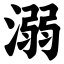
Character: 溺